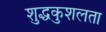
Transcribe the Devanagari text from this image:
शुद्धकुशलता